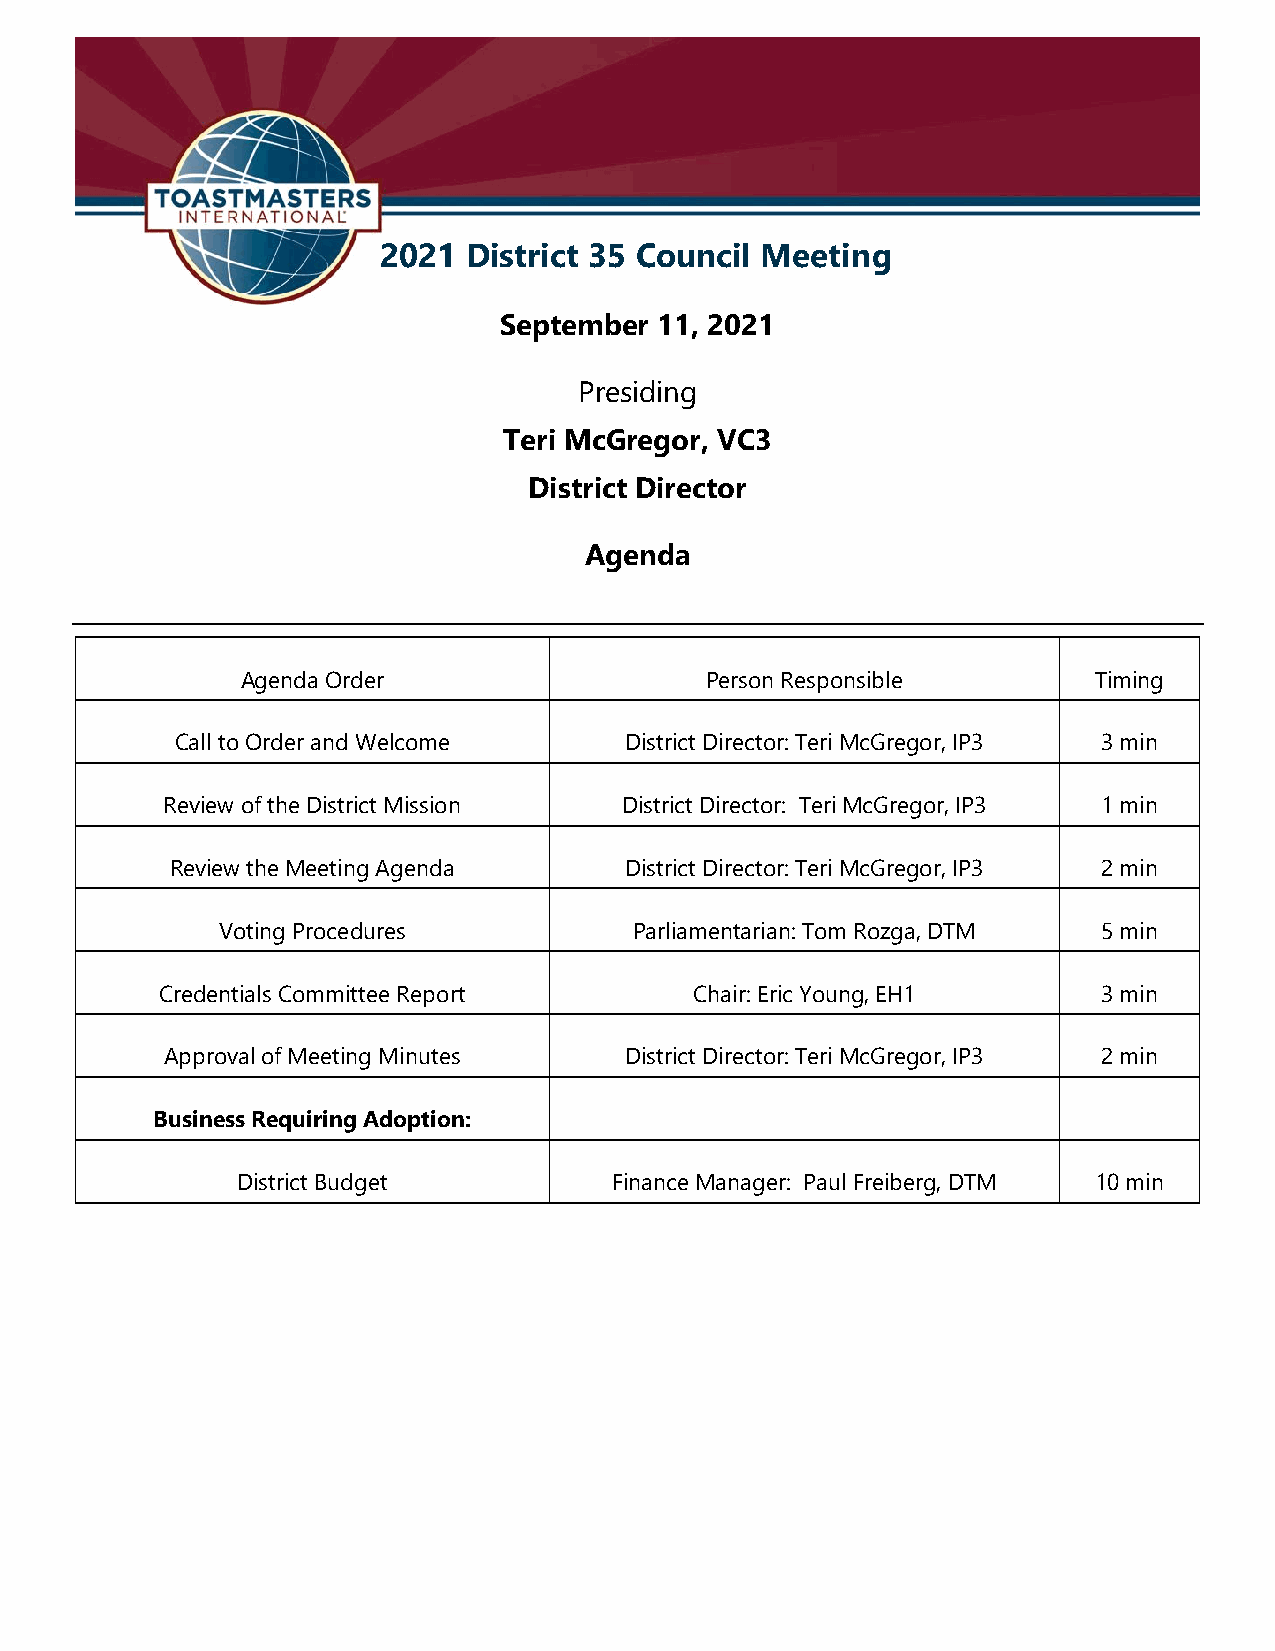
2021  District 35 Council Meeting
 September  11, 2021
 Presiding
 Teri McGregor, VC3
 District Director
 Agenda
 Agenda Order                   Person Responsible       Timing
 Call to Order and Welcome    District Director: Teri McGregor, IP3 3 min
 Review of the District Mission District Director: Teri McGregor, IP3 1 min
 Review the Meeting Agenda     District Director: Teri McGregor, IP3 2 min
 Voting Procedures           Parliamentarian: Tom Rozga, DTM 5 min
 Credentials Committee Report       Chair: Eric Young, EH1     3 min
 Approval of Meeting Minutes   District Director: Teri McGregor, IP3 2 min
 Business Requiring Adoption:
 District Budget          Finance Manager: Paul Freiberg, DTM 10 min